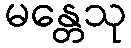
မန္တေသု